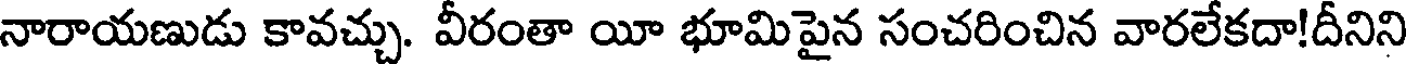
నారాయణుడు కావచ్చు. వీరంతా యీ భూమిపైన సంచరించిన వారలేకదా!దీనిని